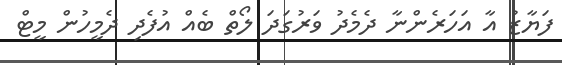
ފަޔާޒު އާ އަހަރެންނާ ދެމެދު ވަރުގަދަ ލޯތް ބެއް އުފެދި ދެމީހުން މީޓް